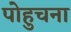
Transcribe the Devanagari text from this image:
पोहुचना